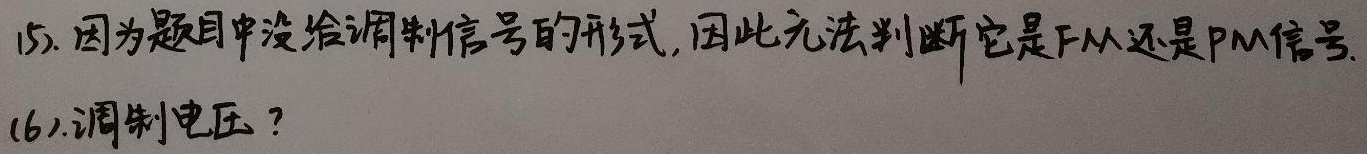
(5). 因为题目中没给调制信号的形式, 因此无法判断它是FM还是PM信号.
(6). 调制电压？